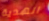
الهدية